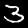
Digit: 3